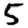
Digit: 5